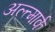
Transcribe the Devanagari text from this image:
अल्त्मार्क